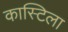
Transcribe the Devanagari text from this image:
कास्टिला